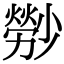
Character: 𤎤